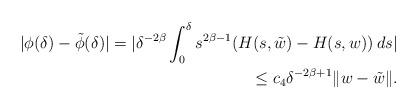
LaTeX: \begin{align*}|\phi(\delta)-\tilde \phi(\delta)|=|\delta^{-2\beta}\int_0^\delta s^{2\beta-1}(H(s,\tilde w)-H(s,w))\:ds|\\\leq c_4\delta^{-2\beta+1}\|w-\tilde w\|.\end{align*}